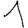
Digit: 1